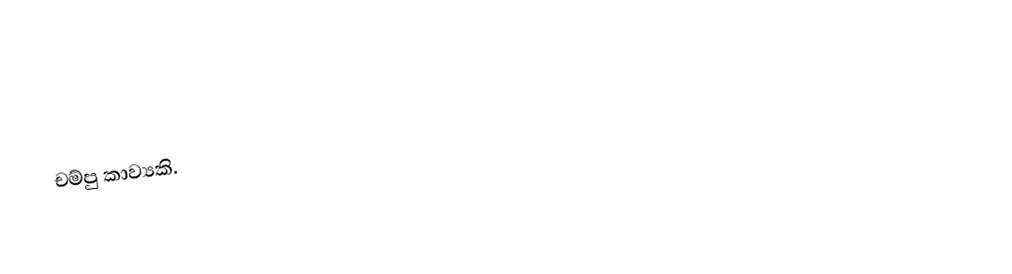
චම්පු කාව්‍යකි.